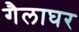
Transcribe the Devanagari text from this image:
गैलाघर